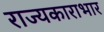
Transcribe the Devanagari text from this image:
राज्यकाराभार